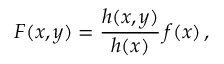
F ( x , y ) = \frac { h ( x , y ) } { h ( x ) } \, f ( x ) \, ,